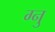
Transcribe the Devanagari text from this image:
ग्नु